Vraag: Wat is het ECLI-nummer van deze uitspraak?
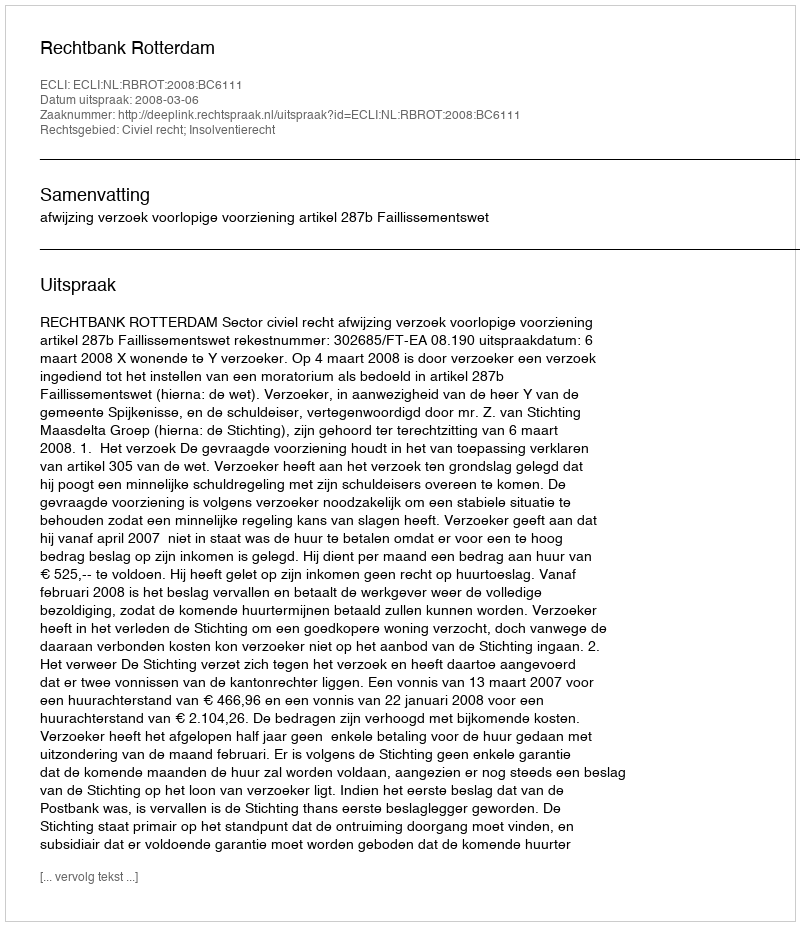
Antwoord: ECLI:NL:RBROT:2008:BC6111